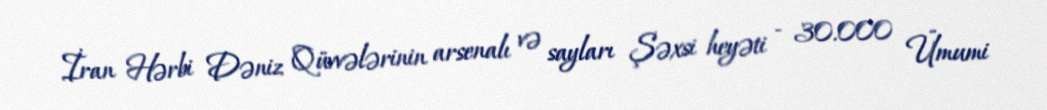
İran Hərbi Dəniz Qüvvələrinin arsenalı və sayları Şəxsi heyəti - 30.000 Ümumi